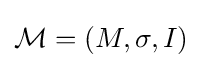
{\mathcal {M}}=(M,\sigma ,I)